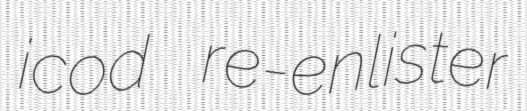
icod re-enlister